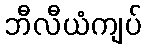
ဘီလီယံကျပ်